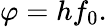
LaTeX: \varphi=hf_{0}.